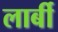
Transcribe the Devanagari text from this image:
लार्बी